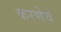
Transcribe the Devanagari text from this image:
करणेचे